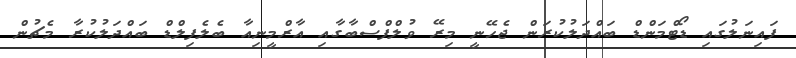
ފައިނަލުގައި ޑޯޓްމަންޑް ބައްދަލުކުރަން ޖެހޭނީ މިރޭ ވުލްފްސްބާގާއި އާރްމީނިއާ ބެލެފިލްޑް ބައްދަލުކުރާ މެޗުން